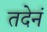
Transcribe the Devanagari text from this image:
तदेनं